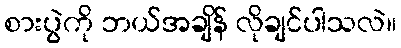
စားပွဲကို ဘယ်အချိန် လိုချင်ပါသလဲ။